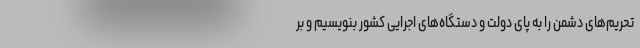
تحریم‌های دشمن را به پای دولت و دستگاه‌های اجرایی کشور بنویسیم و بر